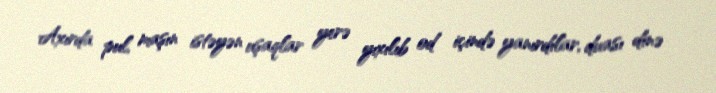
Axırda pul, maşın istəyən uşaqlar yerə yıxılıb od içində yanırdılar, duası dinə